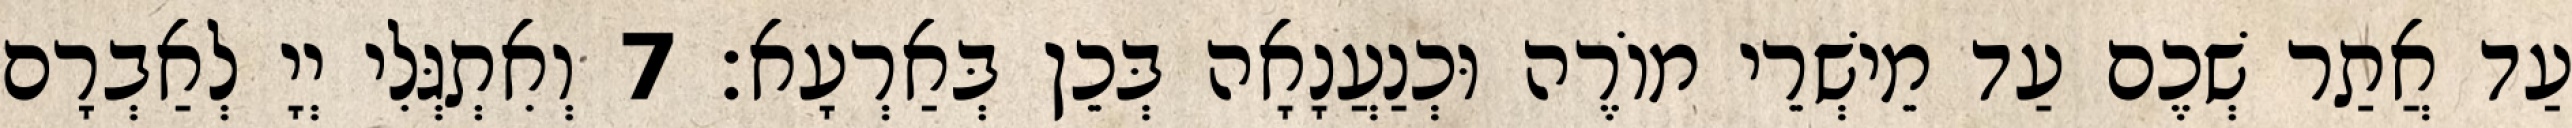
עַד אֲתַר שְׁכֶם עַד מֵישְׁרֵי מוֹרֶה וּכְנַעֲנָאָה בְּכֵן בְּאַרְעָא׃ 7 וְאִתְגְּלִי יְיָ לְאַבְרָם